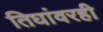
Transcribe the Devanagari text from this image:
तिघांवरही